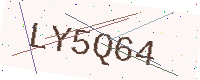
Text: LY5Q64